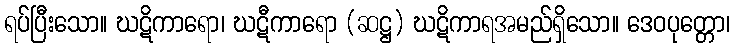
ရပ်ပြီးသော။ ဃဋိကာရော၊ ဃဋီကာရော (ဆဋ္ဌ) ဃဋိကာရအမည်ရှိသော။ ဒေဝပုတ္တော၊